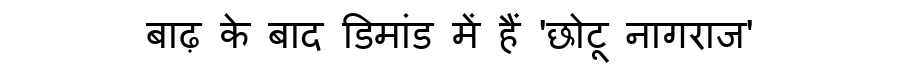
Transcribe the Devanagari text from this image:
बाढ़ के बाद डिमांड में हैं 'छोटू नागराज'